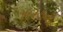
૧૯૨૭ની